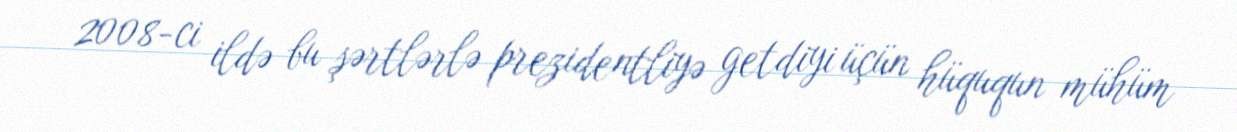
2008-ci ildə bu şərtlərlə prezidentliyə getdiyi üçün hüququn mühüm